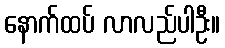
နောက်ထပ် လာလည်ပါဦး။